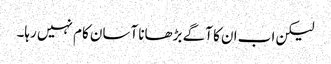
لیکن اب ان کا آگے بڑھانا آسان کام نہیں رہا۔